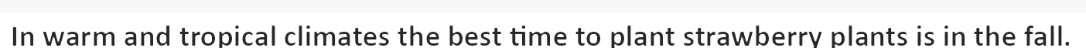
In warm and tropical climates the best time to plant strawberry plants is in the fall.